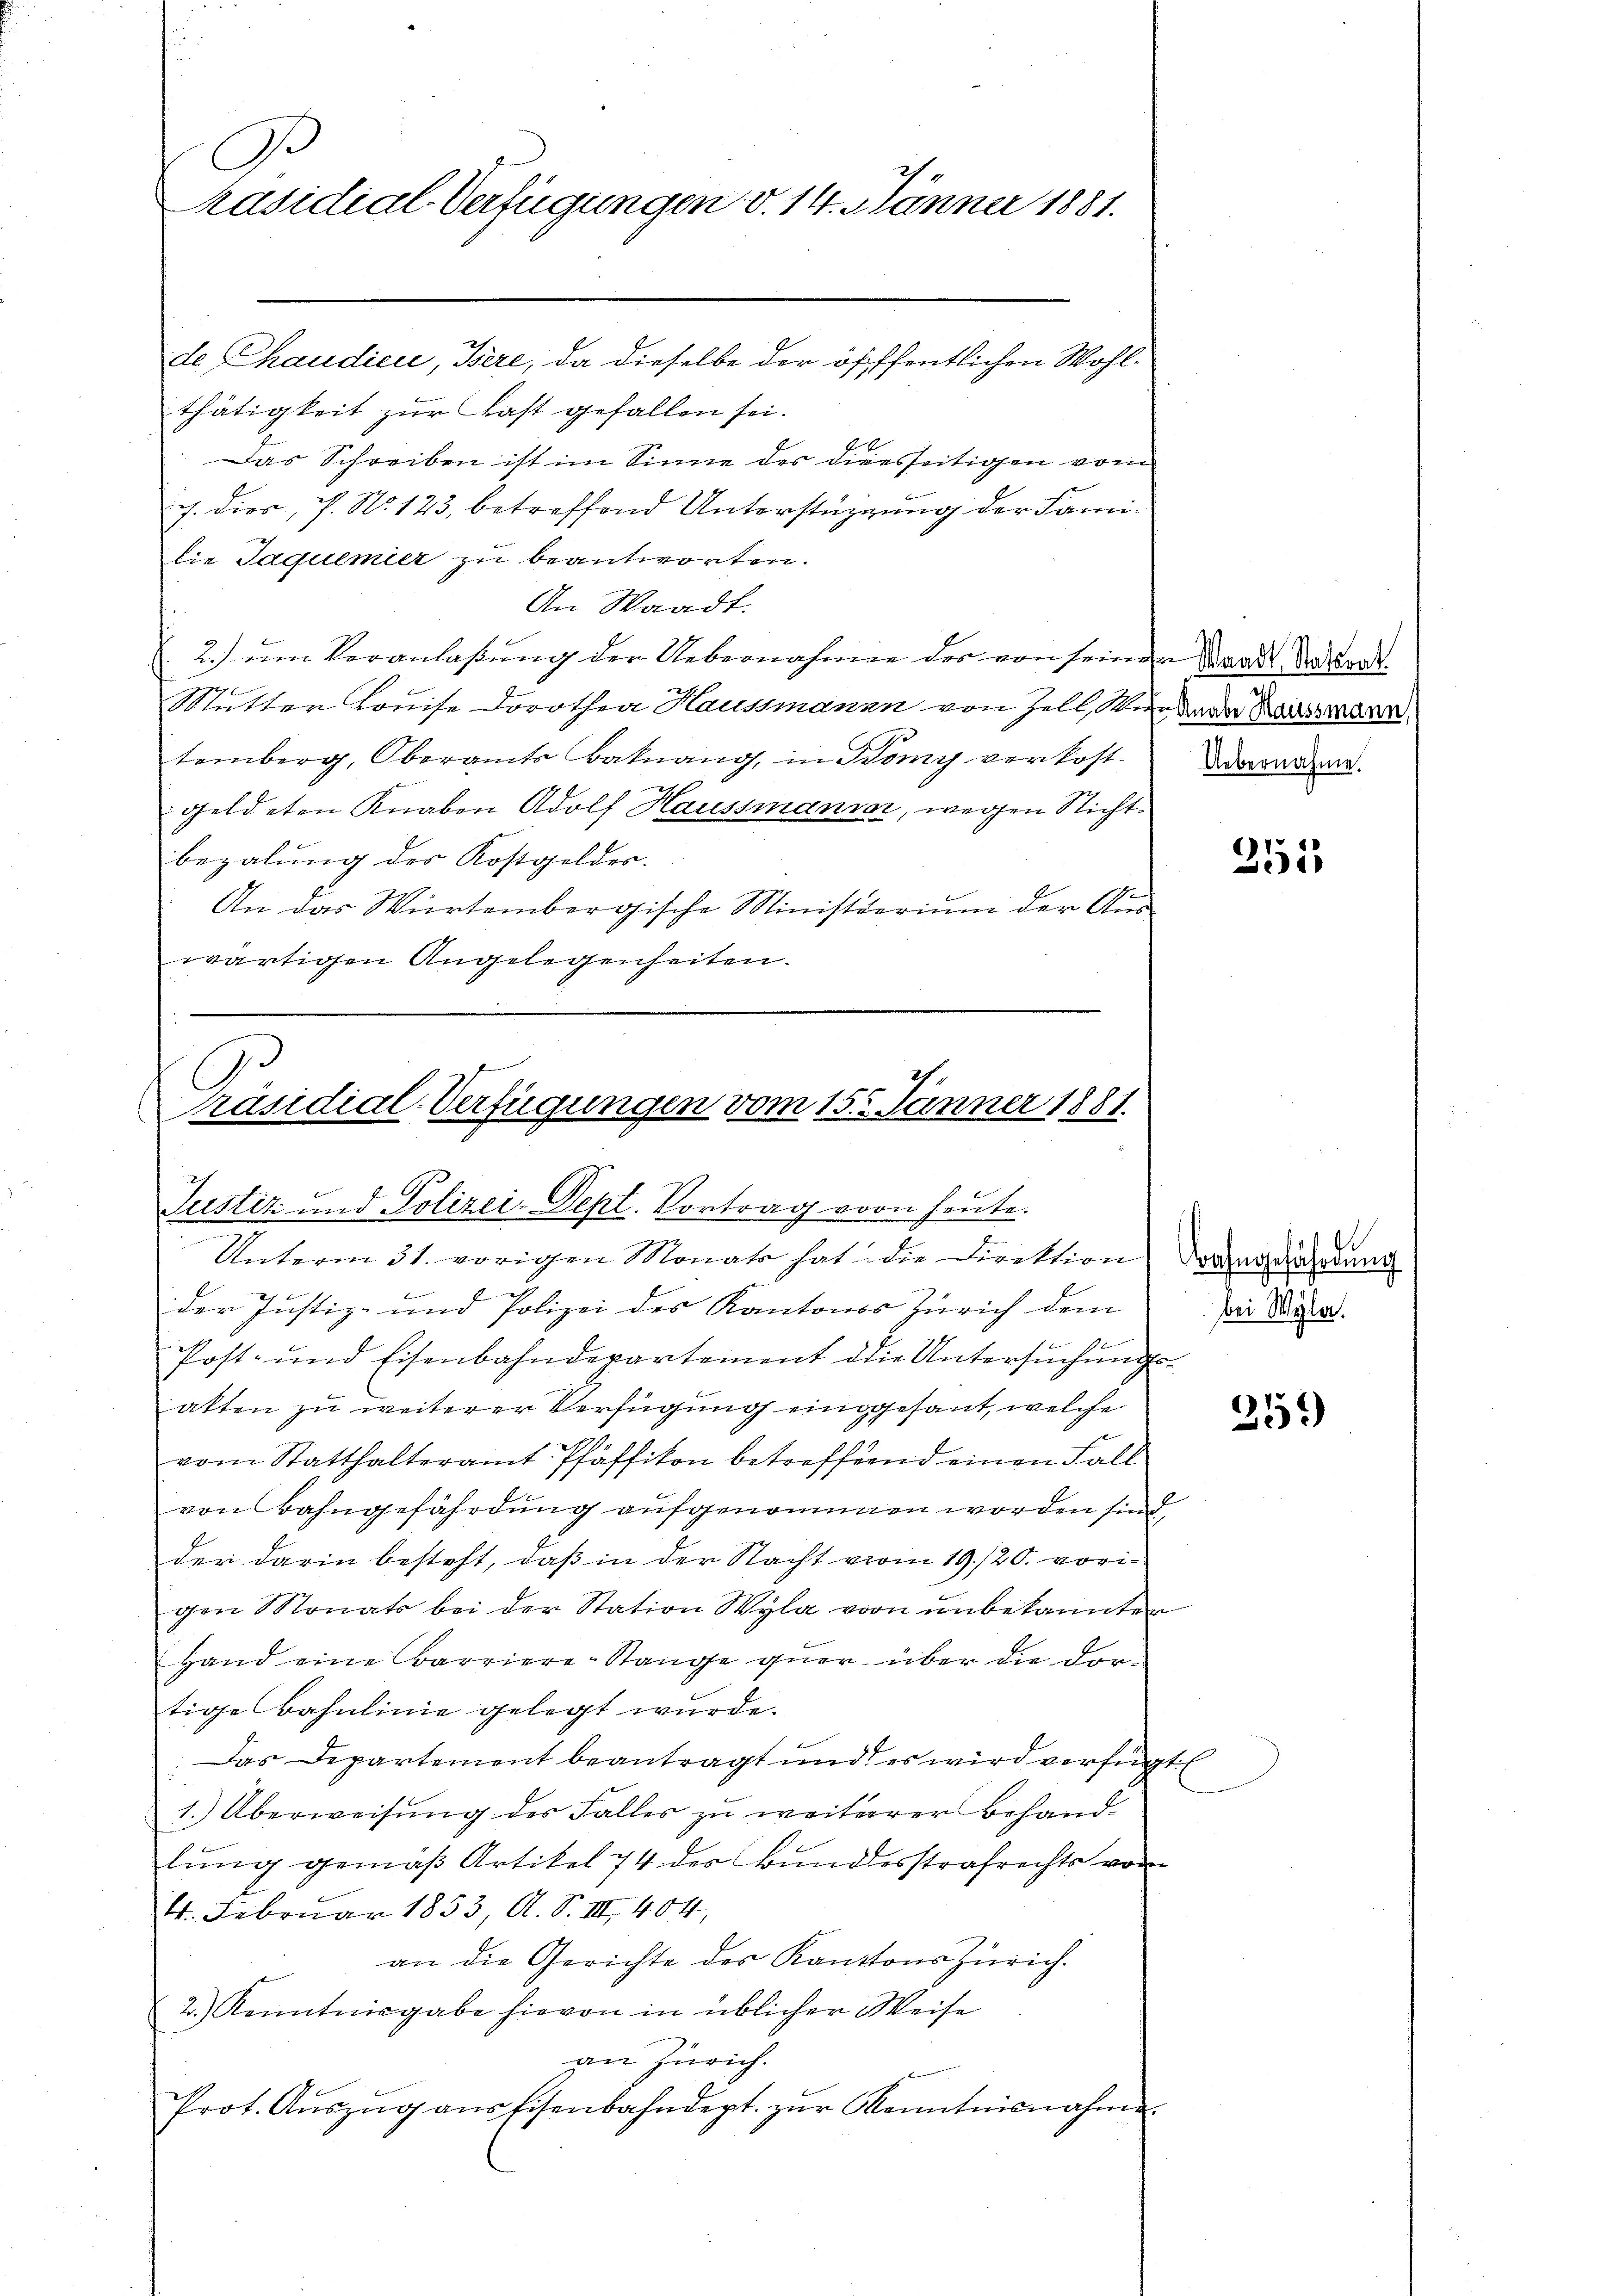
A
räsidial-Verfügungen v. 14. Jänner 1881.

de Chaudici, Bere, da dieselbe der öfffentlichen Wohlthätigkeit zur Last gefallen sei.
Das Schreiben ist im Sinne des dieesseitigen vom
J. dies, s. No 123, betreffend Unterstützung der Familie Jaquemier zu beantworten.
An Waadt.
2.) ŭm Veranlaβŭng der Uebernahmen der von seinem Waadt Andrat
Mutter Louise Dorothea Haussmannn von Zell, Wir dere Hausreden,
temberg, Oberamts Baknang, in Bomy verkostgeldeten Knaben Adolf Haussmanner, wegen Nicht
bezalung des Kostgelder.
An das Würtembergische Ministerium der Aus
wärtigen Angelegenheiten.

der Justiz- und Polizei des Kantons Zürich dem
Post- und Eisenbahndepartement die Untersŭchŭngs-
atten zu weiterer Verfügung eingesant, welche
vom Statthalteramt Pfäffikon betreffend einen Fall
von Bahngefährdung aufgenommen worden sind,
der darin besteht, daß in der Nacht vom 19./20. vorigen Monats bei der Station Wyla vorn unbekannten
Hand eine Barriere-Stange quer über die dortige Bahnlinie gelegt wurde.
: Das Departement beantragt und es wird verfügt:
1. Überweisung des Falles zu weiterer Behandlung gemäß Artikel 74 der Bundesstrafrechts vom
4. Februar 1853, A. S. III 404,
an die Gerichte der Kantons Zürich.
2.) Kenntnisgabe hievon in üblicher Weise
an Zürich.
Prot. Aŭszŭg aŭsfisenbahndept. zŭr Kenntnisnahme.

Präsidial-Verfügungen vom 15. Jänner 1881.
7
Justiz und Polizei-Dept. Vortrag vorn heute.
.
Unterm 31. vorigen Monats hat die Direktion

Uebernahme.

Bahngefährdung
bei Wyla.

3513

25.)